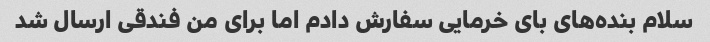
سلام بنده‌های بای خرمایی سفارش دادم اما برای من فندقی ارسال شد